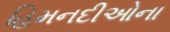
હિમનદીઓના